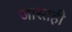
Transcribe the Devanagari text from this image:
जास्तही